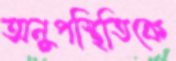
অনুপস্থিতিকে